Report on vaccination in Madras 1904-1921 - 1904-1921
Year: 1904
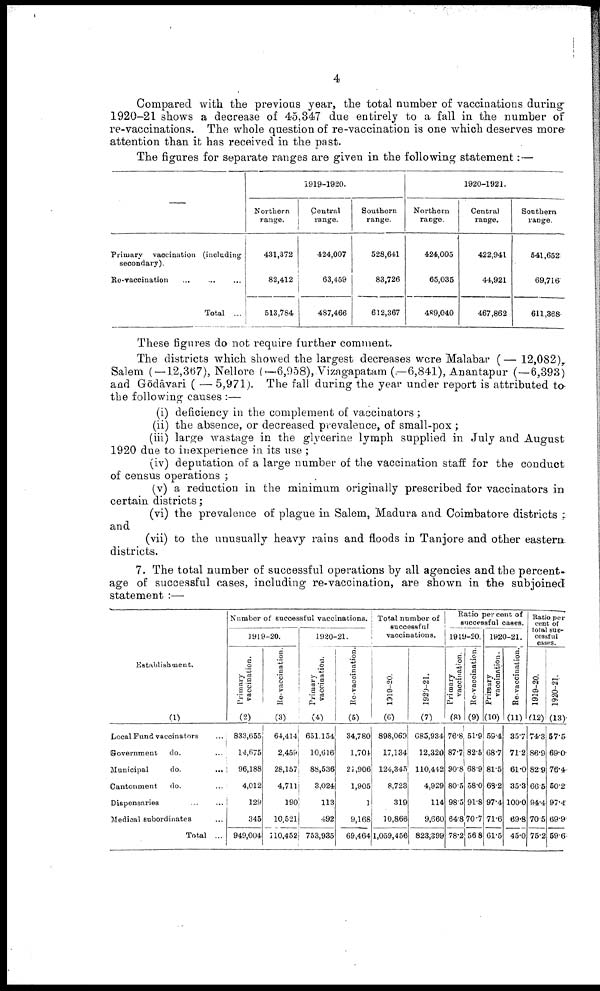
4
Compared with the previous year, the total number of vaccinations during
1920-21 shows a decrease of 45,347 due entirely to a fall in the number of
re-vaccinations. The whole question of re-vaccination is one which deserves more
attention than it has received in the past.
The figures for separate ranges are given in the following statement:—
—
Primary vaccination (including
secondary).
Re-vaccination
...
...
...
Total ...
1919-1920.
Northern
range.
431,372
82,412
513,784
Central
range.
424,007
63,459
487,466
Southern
range.
528,641
83,726
612,367
1920-1921.
Northern
range.
424,005
65,035
489,040
Central
range.
422,941
44,921
467,862
Southern
range.
541,652
69,716
611,368
These figures do not require further comment.
The districts which showed the largest decreases were Malabar (— 12,082),
Salem ( — 12,367), Nellore (—6,958), Vizagapatam (—6,841), Anantapur (—6,393)
and Gōdāvari ( — 5,971). The fall during the year under report is attributed to
the following causes :—
(i) deficiency in the complement of vaccinators ;
(ii) the absence, or decreased prevalence, of small-pox ;
(iii) large wastage in the glycerine lymph supplied in July and August
1920 due to inexperience in its use ;
(iv) deputation of a large number of the vaccination staff for the conduct
of census operations ;
(v) a reduction in the minimum originally prescribed for vaccinators in
certain districts;
(vi) the prevalence of plague in Salem, Madura and Coimbatore districts ;
and
(vii) to the unusually heavy rains and floods in Tanjore and other eastern
districts.
7. The total number of successful operations by all agencies and the percent
age of successful cases, including re-vaccination, are shown in the subjoined
statement :—
Establishment.
(1)
Local Fund vaccinators
Government
do. ...
Municipal
do.
...
Cantonment
do. ...
Dispensaries ... ...
Medical subordinates ...
Total ...
Number of successful vaccinations.
1919-20.
Primary
vaccination.
(2)
833,655
14,675
96,188
4,012
129
345
949,004
Re-vaccination.
(3)
64,414
2,459
28,157
4,711
190
10,521
110,452
1920-21.
Primary
vaccination.
(4)
651,154
10,616
88,536
3,024
113
492
753,935
Re-vaccination.
(5)
34,780
l,704
21,906
1,905
1
9,168
69,464
Total number of
successful
vaccination
1919-20.
(6)
898,063
17,134
124,345
8,723
319
10,866
1,059,456
1929-21.
(7)
685,934
12,320
110,442
4,929
114
9,660
823,399
Ratio percent of
successful cases.
1919-20.
Primary
vaccination.
(8)
76.8
87.7
90.8
80.5
98.5
64.8
78.2
Re-vaccination.
(9)
51.9
82.5
68.9
58.0
91.8
70.7
56.8
1920-21.
Primary
vaccination.
(10)
59.4
68.7
81.5
68.2
97.4
71.6
61.5
Re-vaccination.
(11)
35.7
71.2
61.0
35.3
100.0
69.8
45.0
Ratio per
cent of
total suc
cessful
cases.
1919-20.
(12)
74.3
86.9
82.9
66.5
94.4
70.5
75.2
1920-21.
(13)
57.5
69.0
76.4
50.2
97.4
69.9
59.6